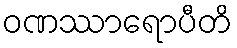
ဝဏဿာရောပီတိ